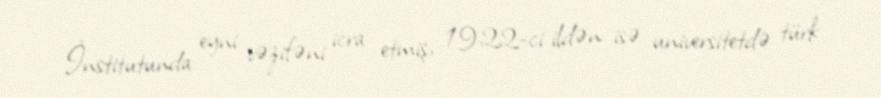
İnstitutunda eyni vəzifəni icra etmiş, 1922-ci ildən isə universitetdə türk